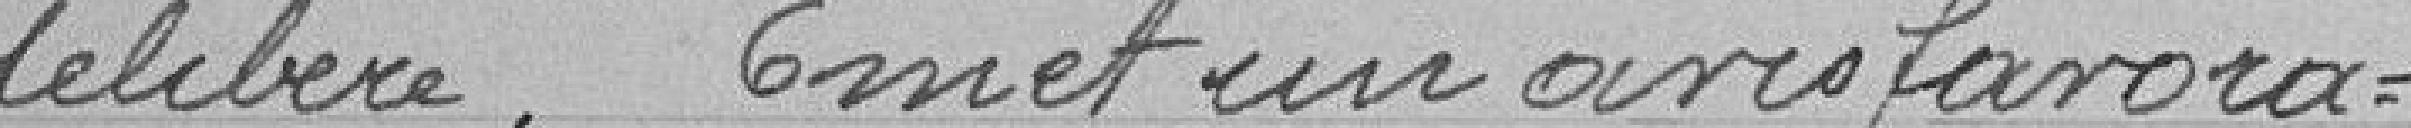
délibéré. Emet un avis favora=